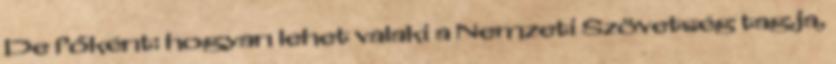
De főként: hogyan lehet valaki a Nemzeti Szövetség tagja,